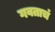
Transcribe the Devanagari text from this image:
गवताचं